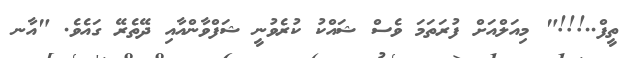
ތީފް..!!!" މިއަލްއަށް ފުރަތަމަ ވެސް ޝައްކު ކުރެވުނީ ޝަފްވާންއާއި ދޭތެރޭ ގައެވެ. "އާނ